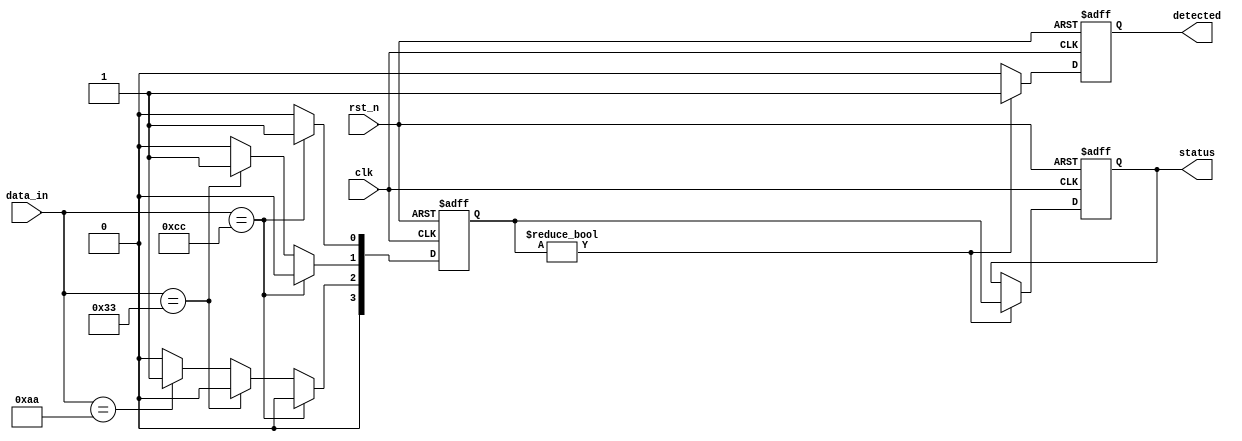
module FlipFlopDetector (
    input wire clk,            // Clock signal
    input wire rst_n,          // Active low reset signal
    input wire [7:0] data_in,  // Input data lines (assuming 8 bits for simplicity)
    output reg detected,       // Output signal indicating flip-flop detection
    output reg [3:0] status    // Status output for detected locations/types
);

    // Parameters for predefined patterns (example patterns)
    parameter FLIP_FLOP_SET   = 8'b11001100; // Example pattern for set
    parameter FLIP_FLOP_RESET = 8'b00110011; // Example pattern for reset
    parameter FLIP_FLOP_TOGGLE = 8'b10101010; // Example pattern for toggle

    // State register for cascading detection
    reg [3:0] pattern_detected;

    // Sequential logic for reset
    always @(posedge clk or negedge rst_n) begin
        if (!rst_n) begin
            detected <= 0;
            pattern_detected <= 0;
            status <= 4'b0000;
        end else begin
            // Reset detected flags
            detected <= 0;
            pattern_detected <= 0;

            // Pattern recognition logic
            if (data_in == FLIP_FLOP_SET) begin
                pattern_detected[0] <= 1'b1; // Set detected
            end else if (data_in == FLIP_FLOP_RESET) begin
                pattern_detected[1] <= 1'b1; // Reset detected
            end else if (data_in == FLIP_FLOP_TOGGLE) begin
                pattern_detected[2] <= 1'b1; // Toggle detected
            end

            // Cascading mechanism for detection
            if (pattern_detected != 0) begin
                detected <= 1;
                status <= pattern_detected; // Update status with detected patterns
            end
        end
    end

endmodule